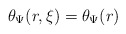
\begin{align*}\theta_{\Psi}(r,\xi) = \theta_{\Psi}(r)\end{align*}